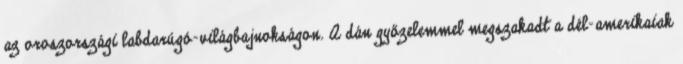
az oroszországi labdarúgó-világbajnokságon. A dán győzelemmel megszakadt a dél-amerikaiak